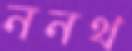
ননথ